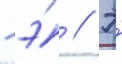
- э́ // Э́